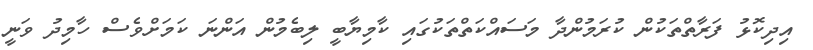
އިދިކޮޅު ފަރާތްތަކުން ކުރަމުންދާ މަސައްކަތްތަކުގައި ކާމިޔާބީ ލިބެމުން އަންނަ ކަމަށްވެސް ހާމިދު ވަނީ